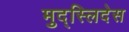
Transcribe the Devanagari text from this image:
मुद्स्लिदेस